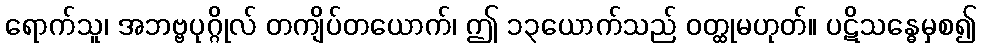
ရောက်သူ၊ အဘဗ္ဗပုဂ္ဂိုလ် တကျိပ်တယောက်၊ ဤ ၁၃ယောက်သည် ဝတ္ထုမဟုတ်။ ပဋိသန္ဓေမှစ၍